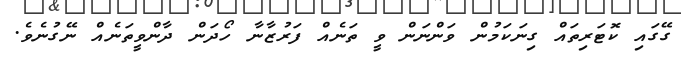
ގޭގައި ކޮޓަރިތައް ގިނަކަމުން ވަންނަން ވީ ތަނެއް ފަރުޒާނާ ހޯދަން ދާންވީތަނެއް ނޭގުނެވެ.